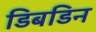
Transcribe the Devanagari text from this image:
डिबडिन